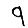
Digit: 9